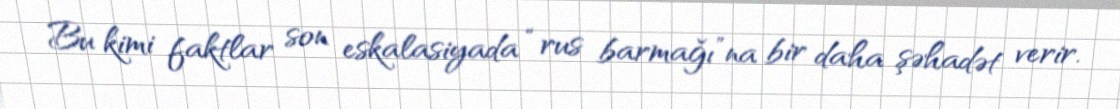
Bu kimi faktlar son eskalasiyada “rus barmağı”na bir daha şəhadət verir.